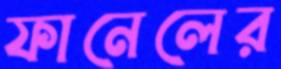
ফানেলের